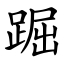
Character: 䠇